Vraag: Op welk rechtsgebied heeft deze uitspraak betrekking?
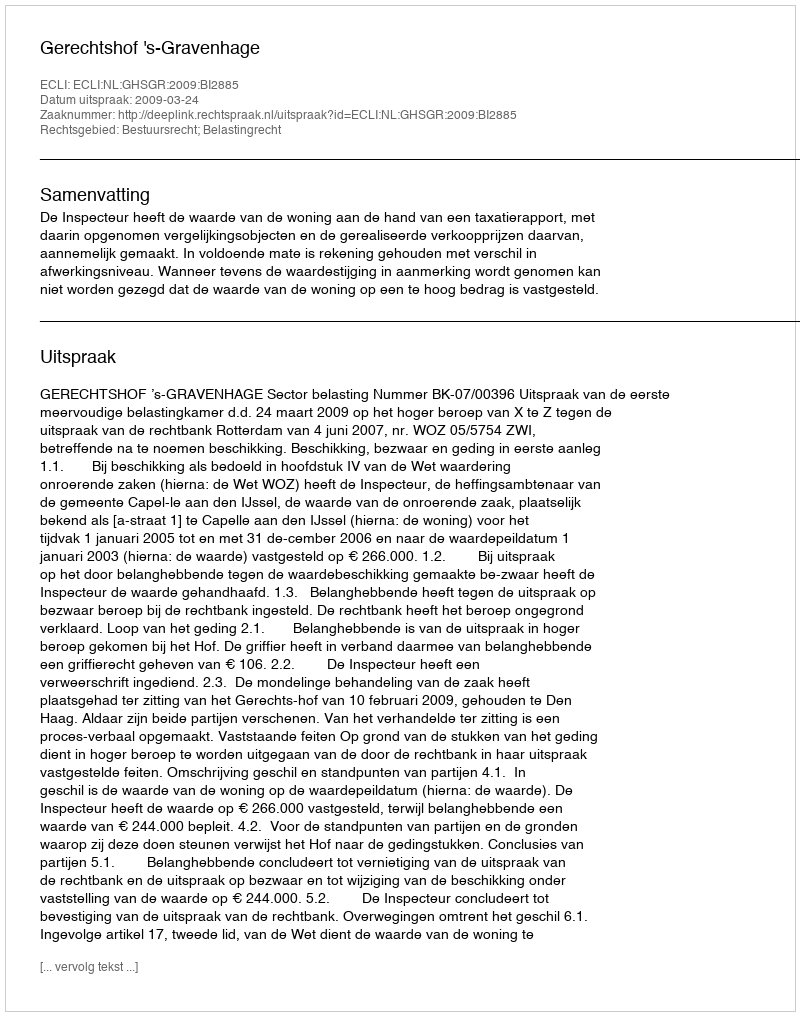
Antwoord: Bestuursrecht; Belastingrecht